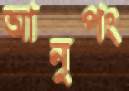
আনুপং